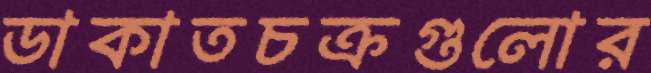
ডাকাতচক্রগুলোর